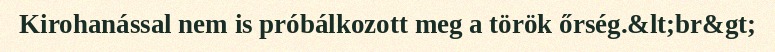
Kirohanással nem is próbálkozott meg a török őrség.&lt;br&gt;